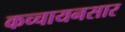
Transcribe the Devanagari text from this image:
कच्चायनसार